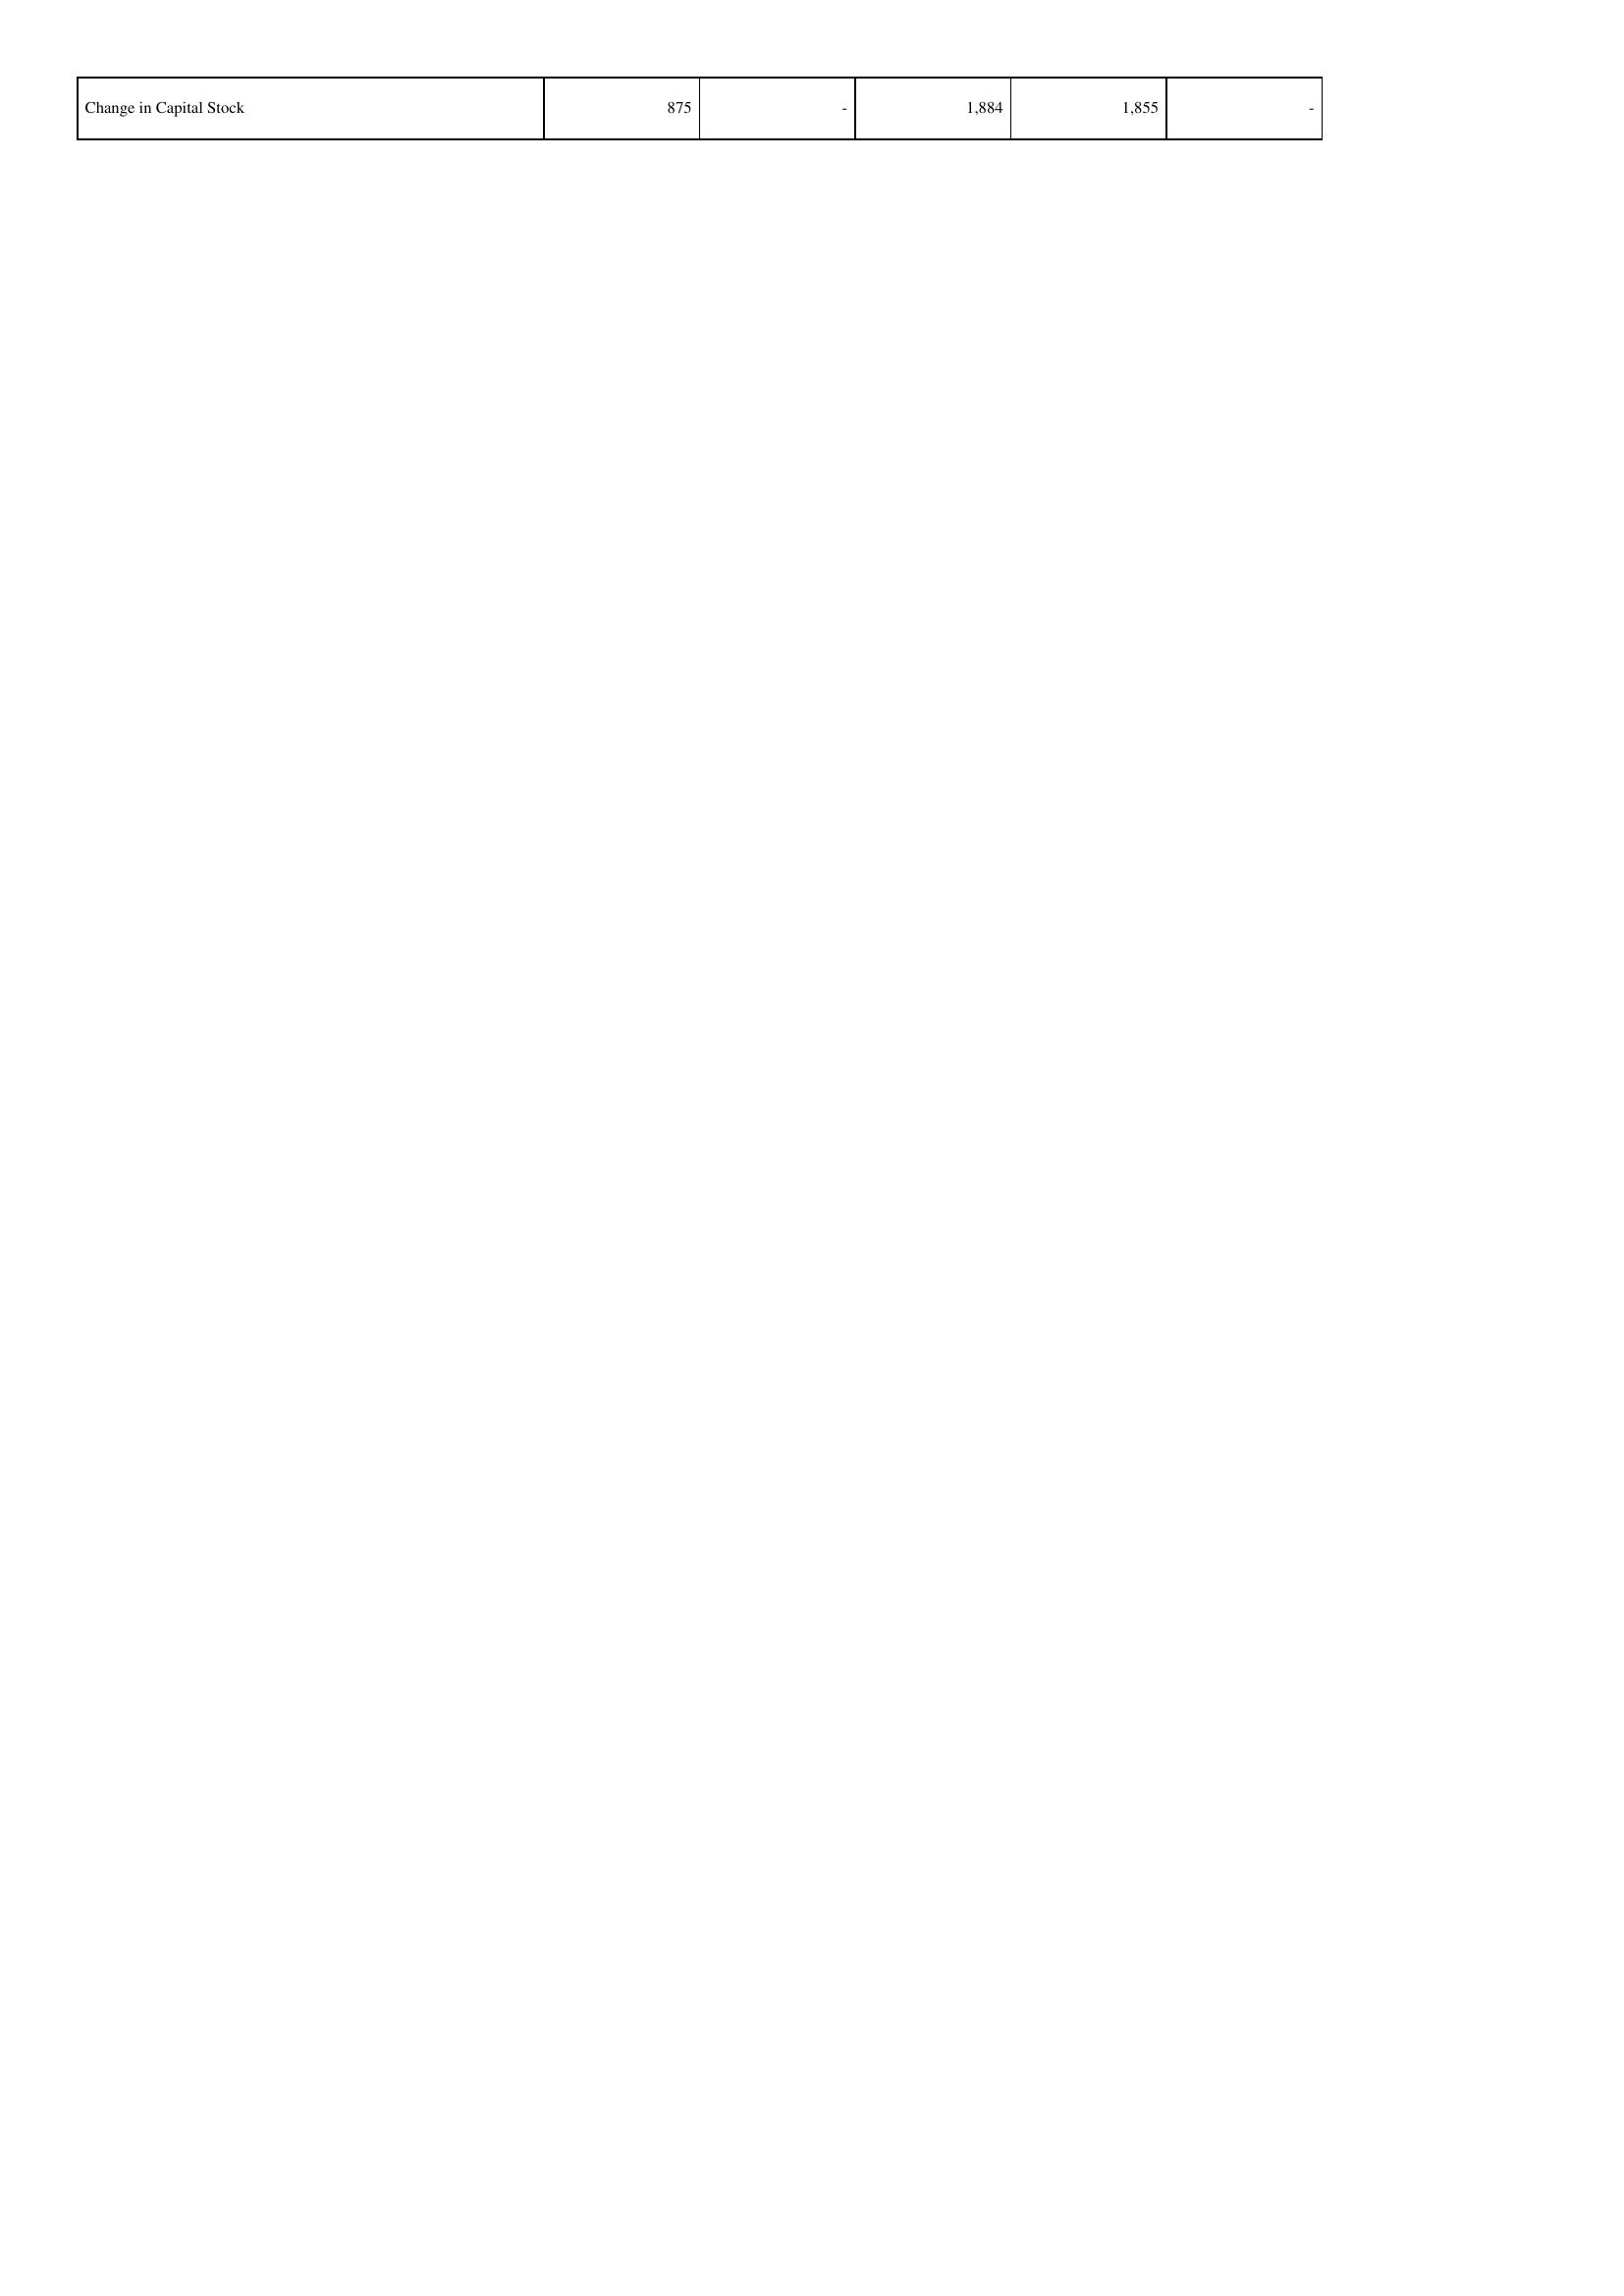
2015: Financing Activities: Change in Capital Stock: 875
2014: Financing Activities: Change in Capital Stock: -
2013: Financing Activities: Change in Capital Stock: 1,884
2012: Financing Activities: Change in Capital Stock: 1,855
2011: Financing Activities: Change in Capital Stock: -